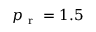
p _ { \mathrm { ~ r ~ } } = 1 . 5